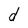
Character: d